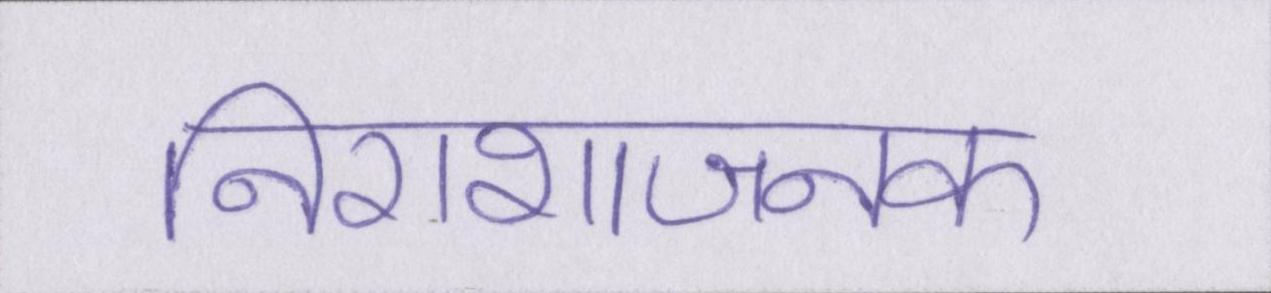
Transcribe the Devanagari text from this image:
निराशाजनक